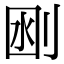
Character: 𠜟